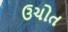
ઉચોત